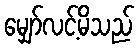
မျှော်လင့်မိသည်